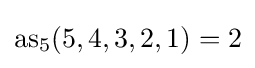
{\rm {as}}_{5}(5,4,3,2,1)=2